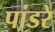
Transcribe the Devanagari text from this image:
पांडरे